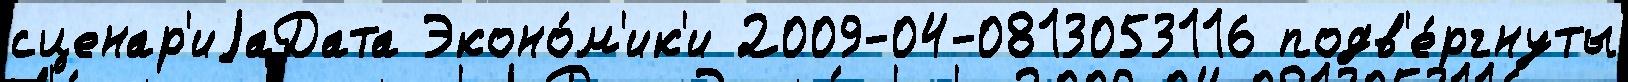
сценар'иjаДата Эконо́м'ик'и 2009-04-0813053116 подв'е́ргнуты